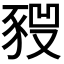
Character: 𧱣